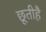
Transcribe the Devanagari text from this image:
छूतीहै